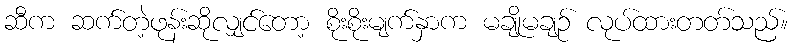
ဆီက ဆက်တဲ့ဖုန်းဆိုလျှင်တော့ စိုးစိုးမျက်နှာက မချိုမချဉ် လုပ်ထားတတ်သည်။